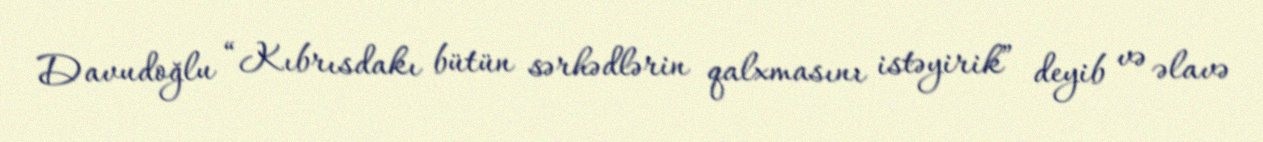
Davudoğlu “Kıbrısdakı bütün sərhədlərin qalxmasını istəyirik” deyib və əlavə